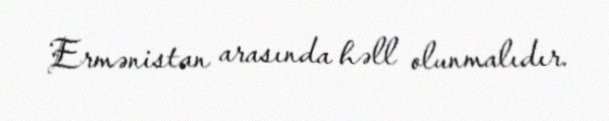
Ermənistan arasında həll olunmalıdır.